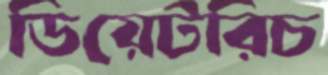
ডিয়েটরিচ